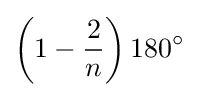
\left(1-{\frac {2}{n}}\right)180^{\circ }